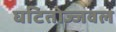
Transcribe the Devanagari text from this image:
घटितोज्जवल